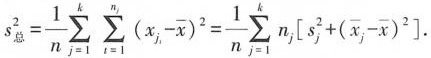
$$s_{总}^{2}= \frac{1}{n}\sum _{j=1}^{k}\sum _{t=1}^{n_{j}}(x_{j}- \overline{x})^{2}= \frac{1}{n}\sum _{j=1}^{k}n_{j}\left[ s_{j}^{2}+(\overline{x}_{j}- \overline{x})^{2}\right ].$$